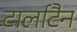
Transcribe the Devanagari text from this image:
टार्लाटैन